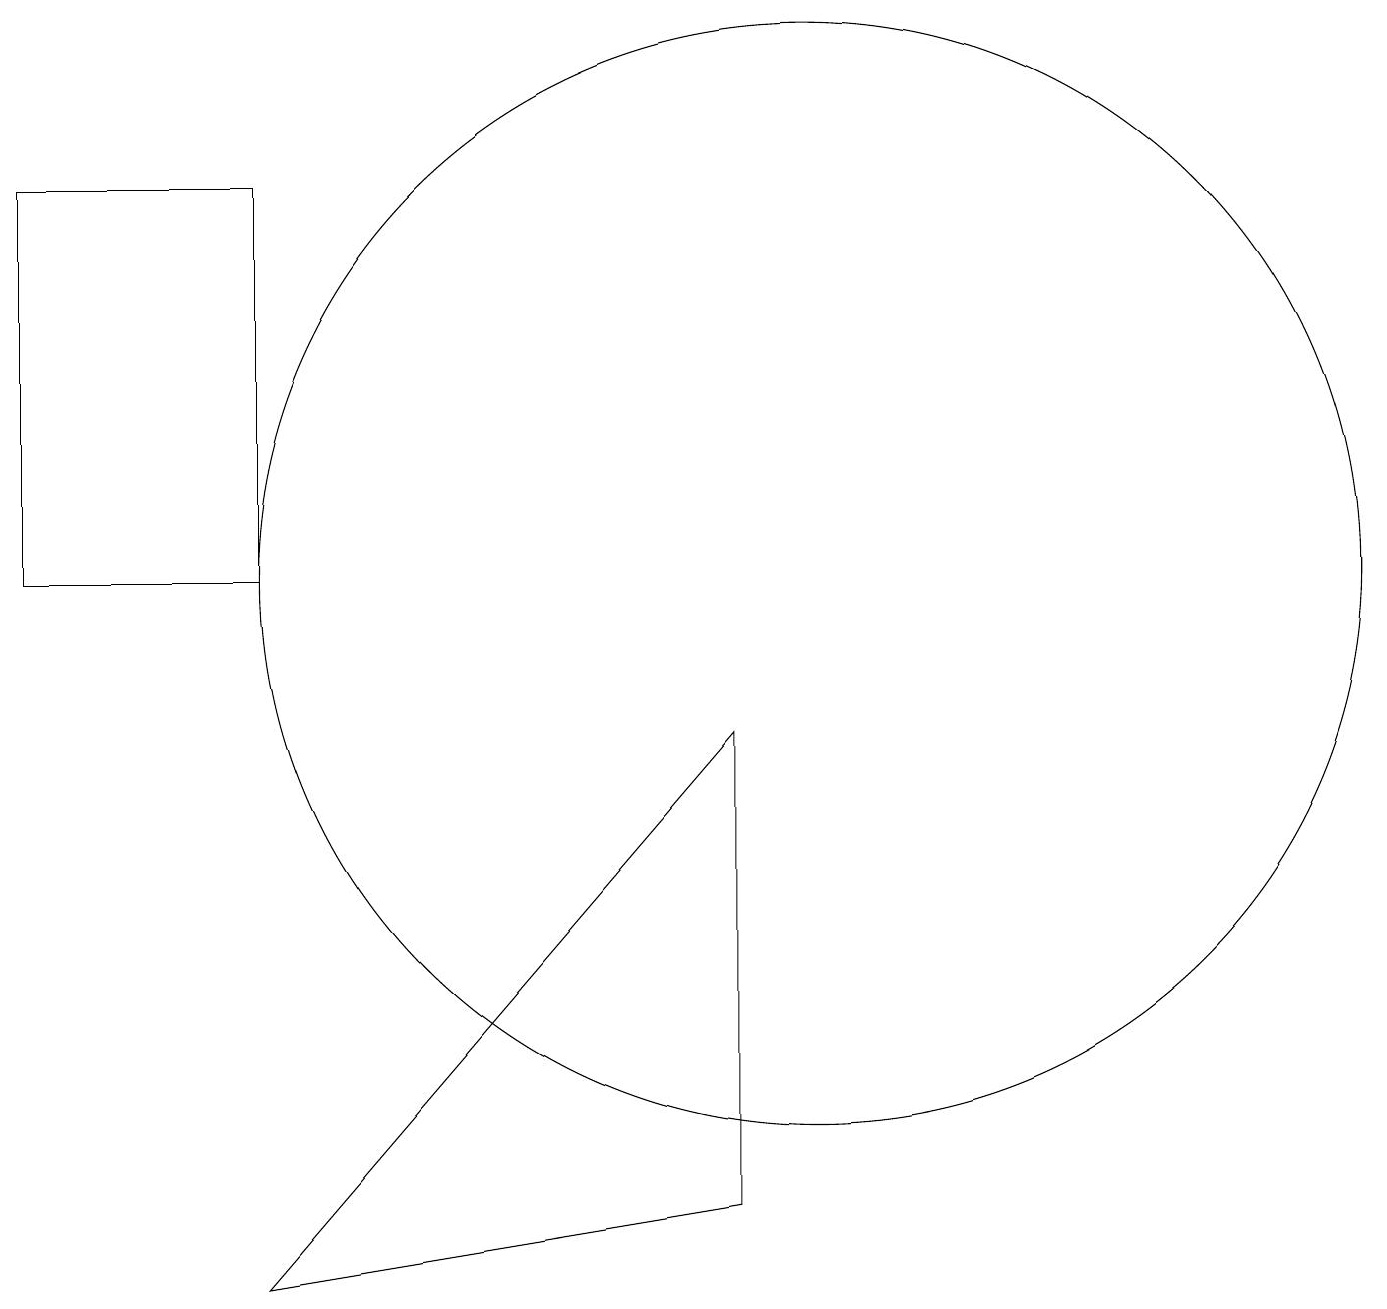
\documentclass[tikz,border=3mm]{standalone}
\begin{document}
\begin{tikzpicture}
\draw (0,11) rectangle (3,16);
\draw (9,9) -- (3,2) -- (9,3) -- cycle;
\draw (10,11) circle (7);
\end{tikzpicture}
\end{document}